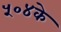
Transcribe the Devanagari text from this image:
५०४के